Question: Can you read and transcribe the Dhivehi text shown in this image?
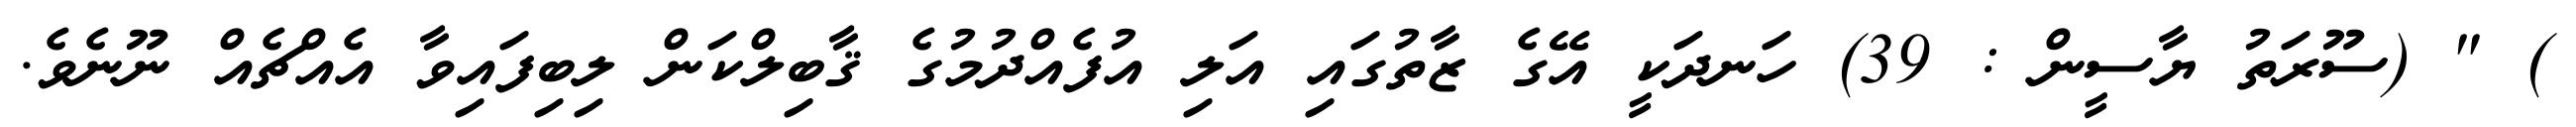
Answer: ) " (ސޫރަތު ޔާސީން : 39) ހަނދަކީ އޭގެ ޒާތުގައި އަލި އުފެއްދުމުގެ ޤާބިލްކަން ލިބިފައިވާ އެއްޗެއް ނޫނެވެ.